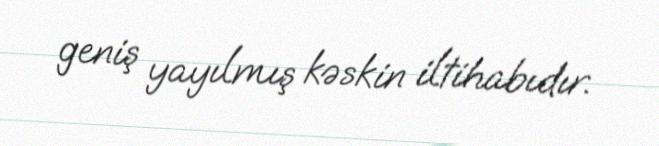
geniş yayılmış kəskin iltihabıdır.